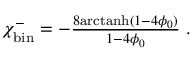
\begin{array} { r } { \chi _ { \mathrm { b i n } } ^ { - } = - \frac { 8 \mathrm { a r c t a n h } ( 1 - 4 \phi _ { 0 } ) } { 1 - 4 \phi _ { 0 } } \; . } \end{array}